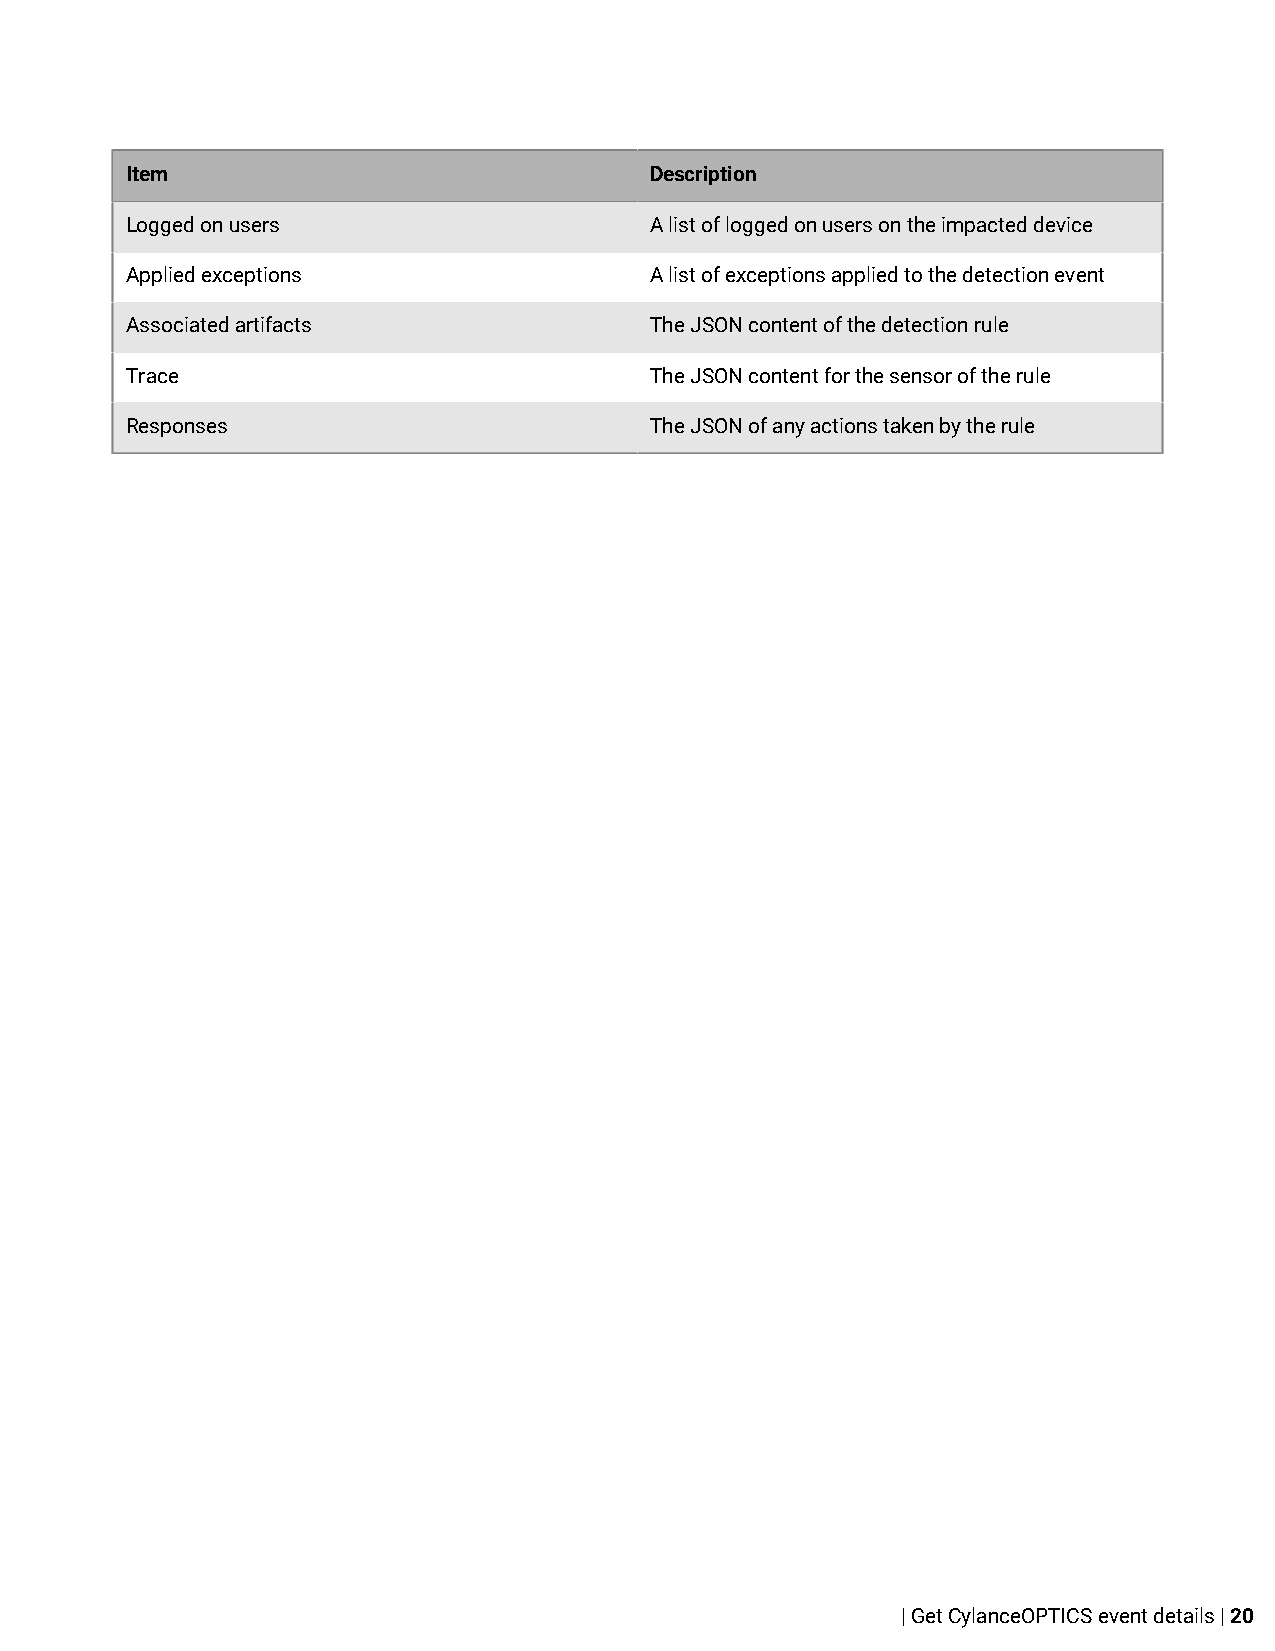
Item                               Description
 Logged on users                    A list of logged on users on the impacted device
 Applied exceptions                 A list of exceptions applied to the detection event
 Associated artifacts               The JSON content of the detection rule
 Trace                              The JSON content for the sensor of the rule
 Responses                          The JSON of any actions taken by the rule
 | Get CylanceOPTICS event details | 20